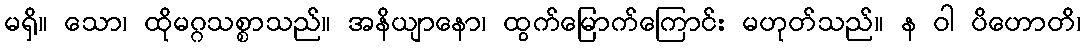
မရှိ။ သော၊ ထိုမဂ္ဂသစ္စာသည်။ အနိယျာနော၊ ထွက်မြောက်ကြောင်း မဟုတ်သည်။ န ဝါ ပိဟောတိ၊